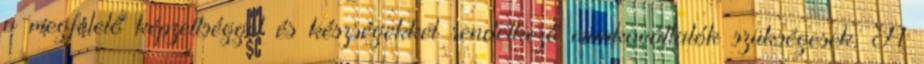
a megfelelő képzettséggel és készségekkel rendelkező munkavállalók szükségesek. A